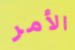
الأمر